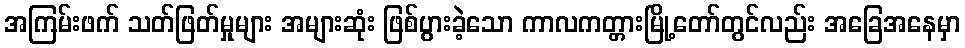
အကြမ်းဖက် သတ်ဖြတ်မှုများ အများဆုံး ဖြစ်ပွားခဲ့သော ကာလကတ္တားမြို့တော်တွင်လည်း အခြေအနေမှာ